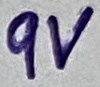
Text: 9V